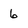
Character: 6